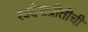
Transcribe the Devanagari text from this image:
स्वदेशप्रीतीची